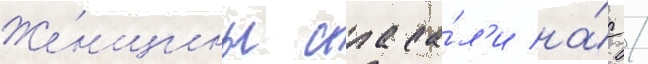
Же́нщины спаса́л'и на́с /